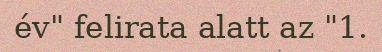
év" felirata alatt az "1.